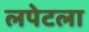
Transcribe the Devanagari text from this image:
लपेटला